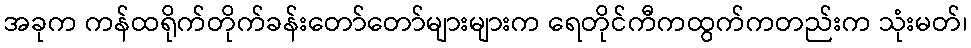
အခုက ကန်ထရိုက်တိုက်ခန်းတော်တော်များများက ရေတိုင်ကီကထွက်ကတည်းက သုံးမတ်၊